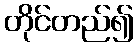
တိုင်တည်၍